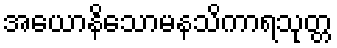
အယောနိသောမနသိကာရသုတ္တ